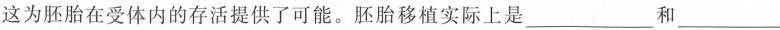
这为胚胎在受体内的存活提供了可能。胚胎移植实际上是___和___